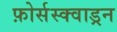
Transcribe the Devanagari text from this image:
फ़ोर्सस्क्वाड्रन